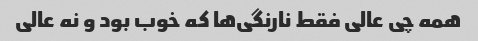
همه چی عالی فقط نارنگی‌ها که خوب بود و نه عالی